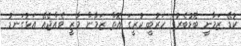
ކުޑޭ ޒަމާނީ ބޮޑުބެރުގަ ހަރުބީ ކުރީގަ އޮތް ޒަމާން މާޒީ ވެއްޖެއޭ އަޅުގަނޑު